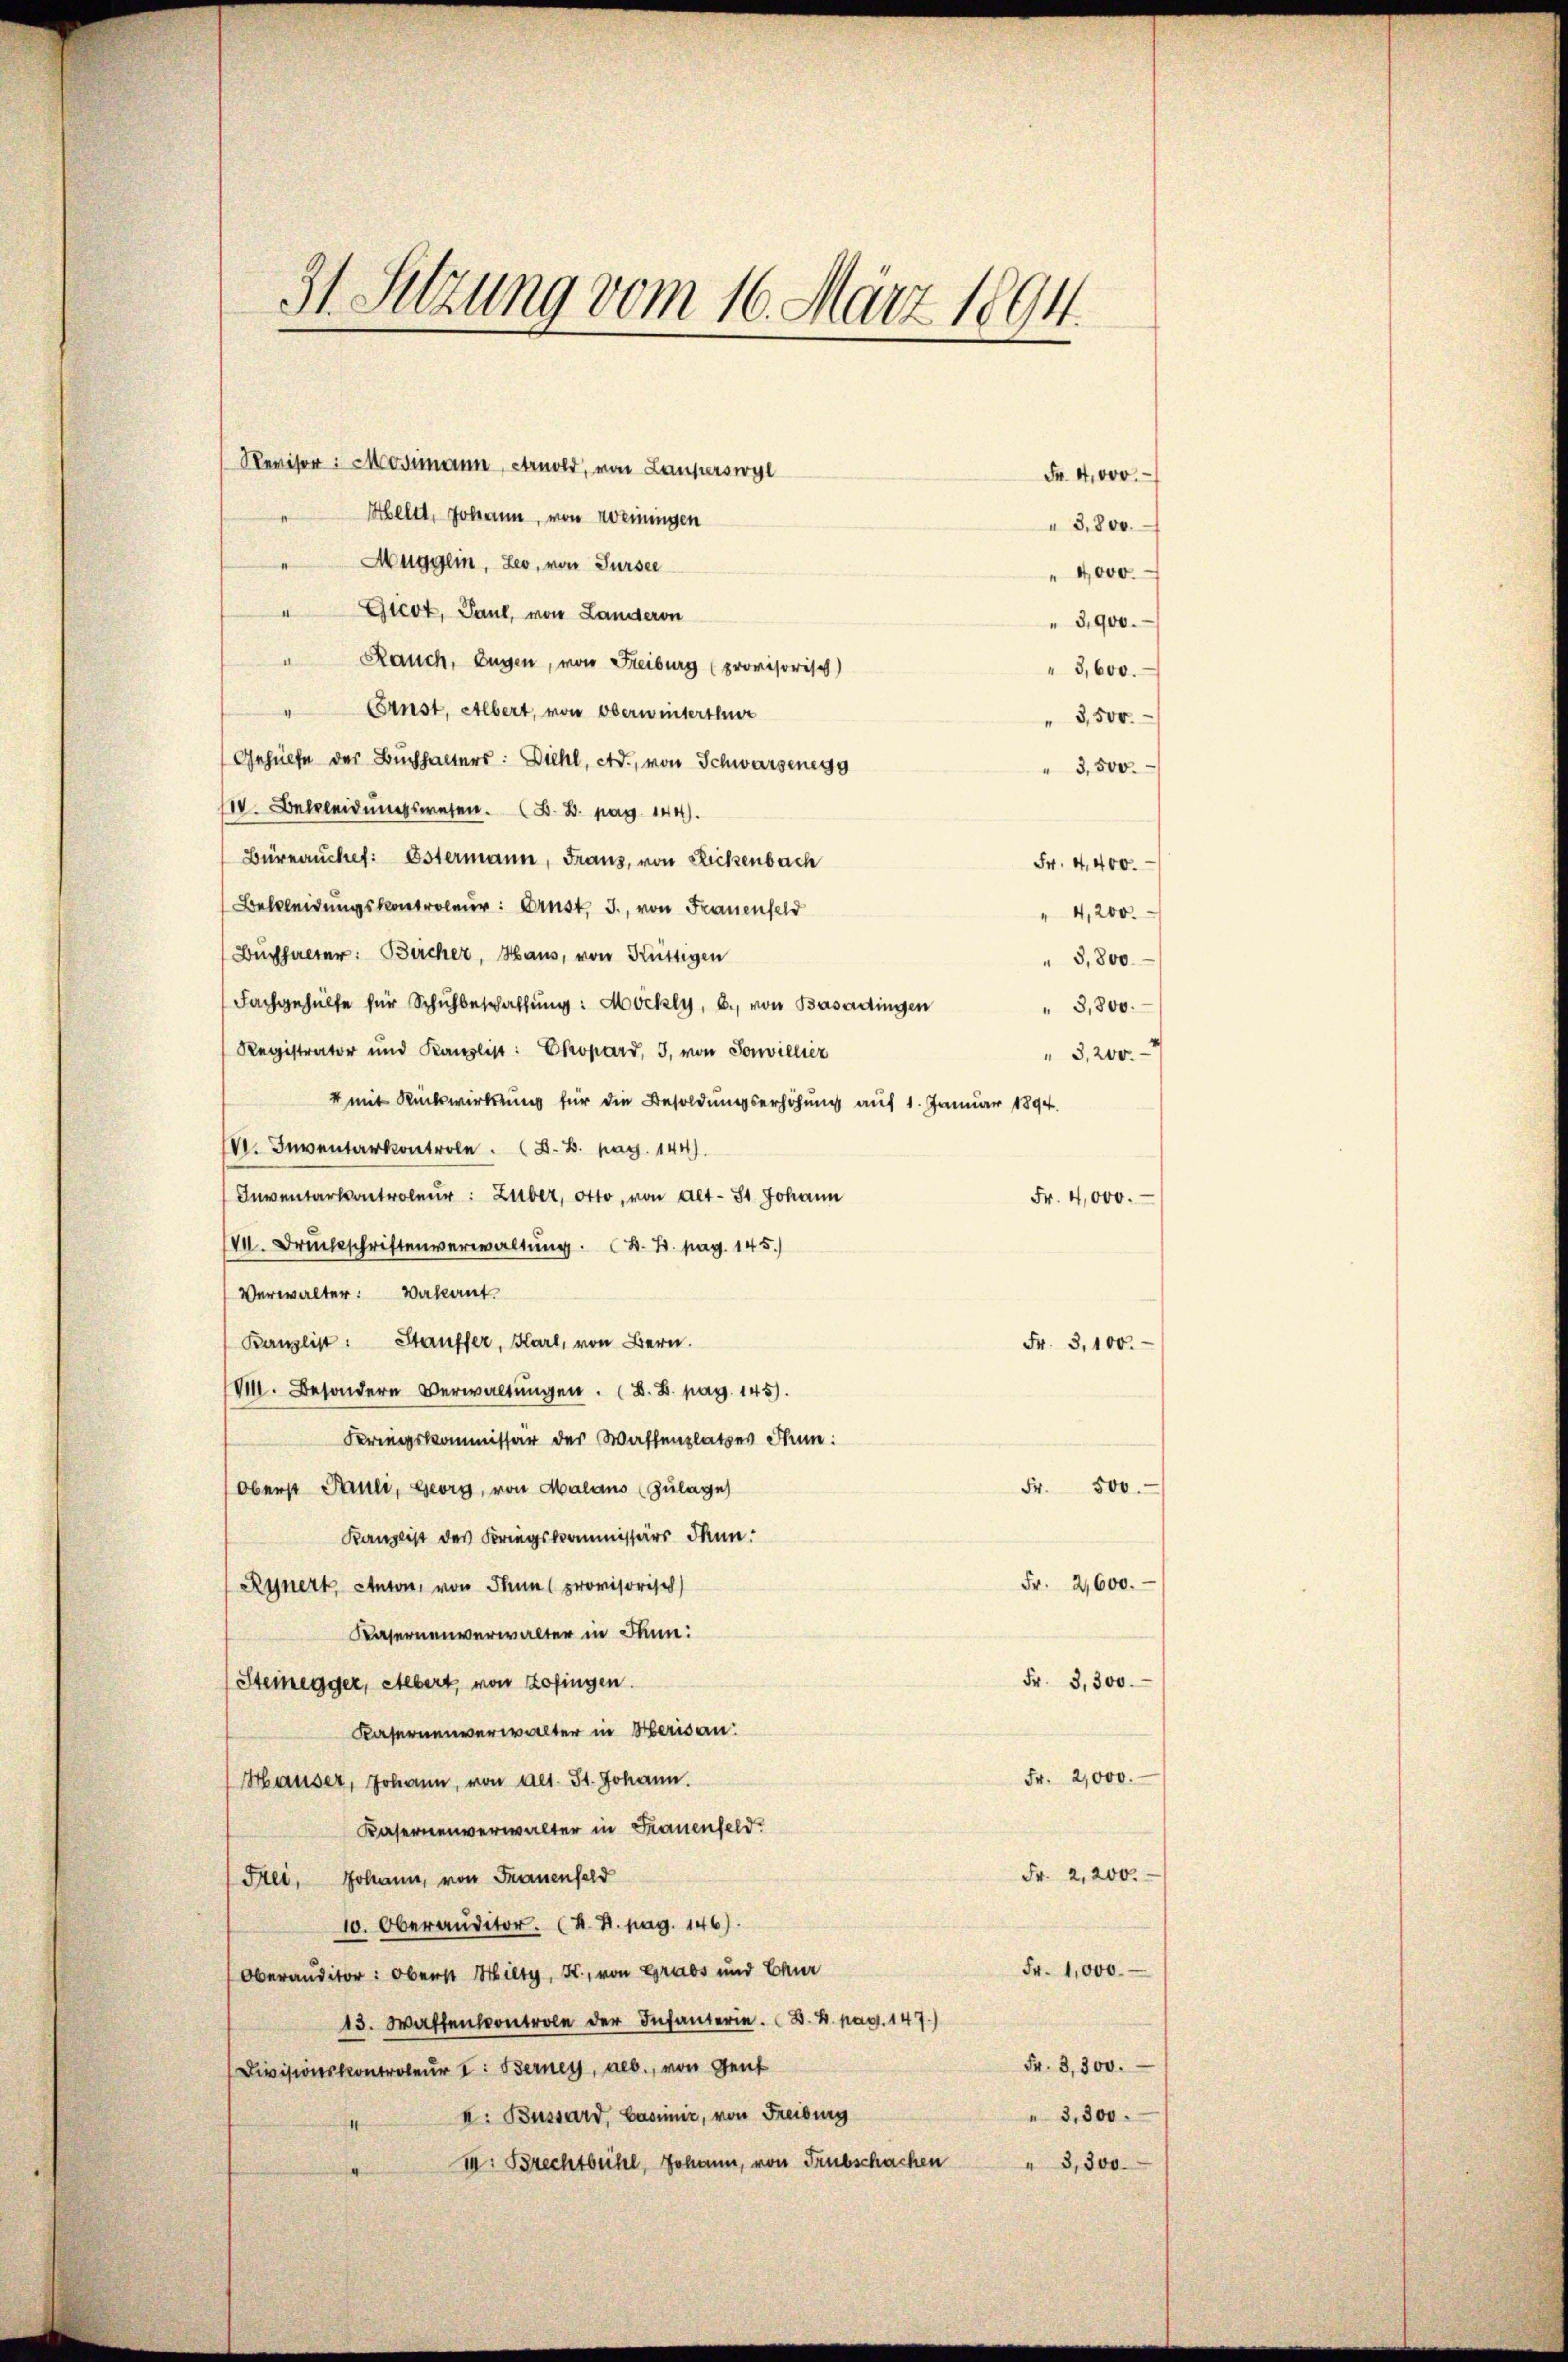
31. Setzung vom 16. März 1894.

Revisor: Mosimann, Arnold, von Lauferswyl
Aeldt, Johann, von Weiningen
"Mugglin, Leo, von Sursee
" Gicot, Paul, von Landeron
" Rauch, Eugen, von Freiburg (provisorisch)
Ernst, Albert, von Oberwinterthur
3,500.
Gehülfe der Buchhalters: Diehl, Ad., von Schwarzenegg
3,500.
IV. Bekleidungswesen. (B.B. pag. 144).
Büreauchet: Ostermann, Franz, von Rickenbach
Fr. 4,400.
Bekleidungskontroleur: Ernst. I., von Frauenfeld
" 4,200.
Buchhalter: Bircher, Haus, von Rüttigen
" 3,800.
Fachgehülfe für Schulbeschaffung: Möckly, b., von Basadingen
" 3,800.
Registrator und Kanzlist: Epard, 3, von Sonvillier
"3,200.
4 mit Rückwirkung für die Besoldungserhöhung auf 1. Januar 1894.
VI. Inventarkontrole. D. B. pag. 144).
Inventarkontroleur: Zuber, Otto, von alt. 31 Johann
Fr. 4,000.
VII. Druckschriftenverwaltung. K. B. pag. 145.)
Verwalter: Vakant.
Banzlist. Stauffer, Hart, von Bern.
VIII. Besondern Verwaltungen. (D. B. pag. 145).
Ferungskommissär der Waffenplatzes Thun.
Oberst Pauli, Georg, von Malans (Zulage
Fr. 500.
Kanzlist des Kriegskommissärs Thun.
Rynert, Anton, von Thun provisorisch
Fr. 2,600.
Kasernenverwalter in dann:
Fr. 3,300.
Steinegger, Stebert, von Zofingen.
Kasernenverwalter in Merisau:
Fr. 2,000.
Häuser, Johann, von Art. 51. Johann.
Kasernenverwalter in Frauenfeld.
Fr. 2,200.
Hei, Johann, von Frauenfeld
10. Oberanditor. (H. H. pag. 146).
Fr. 1,000.
Oberanditor: Oberst Hilty, K., von Grabs und Chur
13. Wassenkontrole der Infanteri. B. 4. pag. 147.)
Fr. 3,300.
Divisionskontroleur I: Berney, geb., von Gent
3,300.
k: Bussard, Casimir, von Freiburg
m: Sprechtbühl, Johann, von Trübschachen " 3,300.

Fr. 4,000.
3,800.
" 4,000.
3,900.
3,600.

Fr. 3,100.